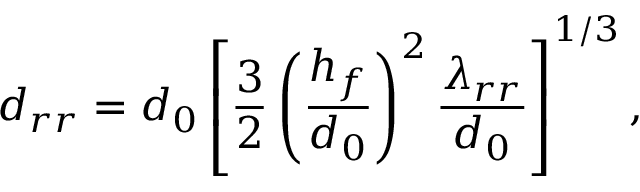
d _ { r r } = d _ { 0 } \left[ \frac { 3 } { 2 } \left( \frac { h _ { f } } { d _ { 0 } } \right) ^ { 2 } \frac { \lambda _ { r r } } { d _ { 0 } } \right] ^ { 1 / 3 } ,